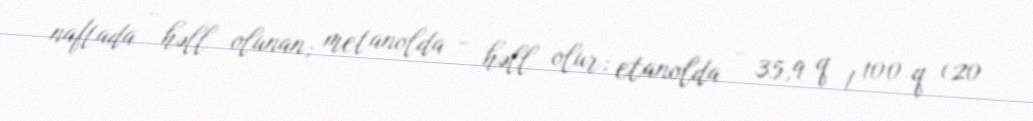
naftada - həll olunan; metanolda - həll olur; etanolda - 35,9 q / 100 q (20